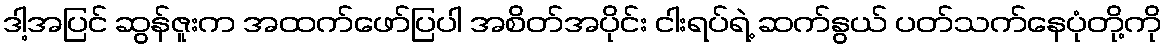
ဒါ့အပြင် ဆွန်ဇူးက အထက်ဖော်ပြပါ အစိတ်အပိုင်း ငါးရပ်ရဲ့ ဆက်နွယ် ပတ်သက်နေပုံတို့ကို